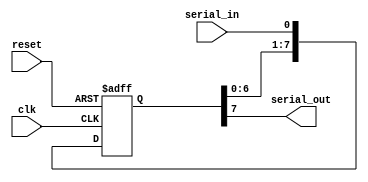
module piso_shift_register (
    input wire clk,
    input wire reset,
    input wire serial_in,
    output wire serial_out
);

reg [7:0] shift_register;

always @ (posedge clk or posedge reset) begin
    if (reset) begin
        shift_register <= 8'b0;
    end else begin
        shift_register <= {shift_register[6:0], serial_in};
    end
end

assign serial_out = shift_register[7];

endmodule